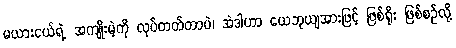
မယားငယ်ရဲ့ အကျိုးမဲ့ကို လုပ်တတ်တာပဲ၊ အဲဒါဟာ ယေဘုယျအားဖြင့် ဖြစ်ရိုး ဖြစ်စဉ်လို့